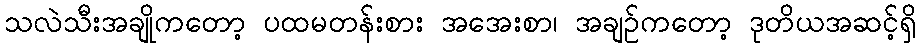
သလဲသီးအချိုကတော့ ပထမတန်းစား အအေးစာ၊ အချဉ်ကတော့ ဒုတိယအဆင့်ရှိ